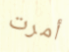
أمرت